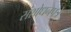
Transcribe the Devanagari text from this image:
संशोधनपत्रे